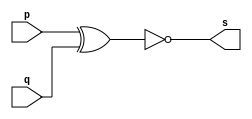
// ------------------------- 
// Exemplo0008 - XNOR
// Nome: Mateus Lara Carvalho 
// ------------------------- 
// --------------------- 
// -- xnor gate 
// --------------------- 
	module xnorgate (output s, input p, input q); 
	assign s = ~(p ^ q); 
	endmodule // xnor
// --------------------- 
// -- test xnorgate 
// --------------------- 
	module testxnorgate; 
// ------------------------- dados locais 
	reg a,b; // definir registrador 
	wire s; // definir conexao (fio) 
// ------------------------- instancia 
	xnorgate XNOR1 (s, a, b); 
// ------------------------- preparacao 
	initial begin:start 
	a=0;
	b=0;

end 

// ------------------------- parte principal 
	initial begin:main 
	$display("Exemplo0008 - Mateus Lara Carvalho - 441700"); 
	$display("Test xnor gate"); 
	$display("\n (a ^ b)' = s\n"); 
	$monitor("%b ^ %b = %b", a, b, s); 
	#1 a=0; b=0; 
	#1 a=0; b=1; 
	#1 a=1; b=0; 
	#1 a=1; b=1; 

end 

endmodule // testnorgate